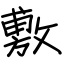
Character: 敷